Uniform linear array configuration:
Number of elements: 48
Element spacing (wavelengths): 1
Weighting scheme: cosine
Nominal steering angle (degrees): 30
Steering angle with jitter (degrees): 28.247
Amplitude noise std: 0.05
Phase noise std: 0.05

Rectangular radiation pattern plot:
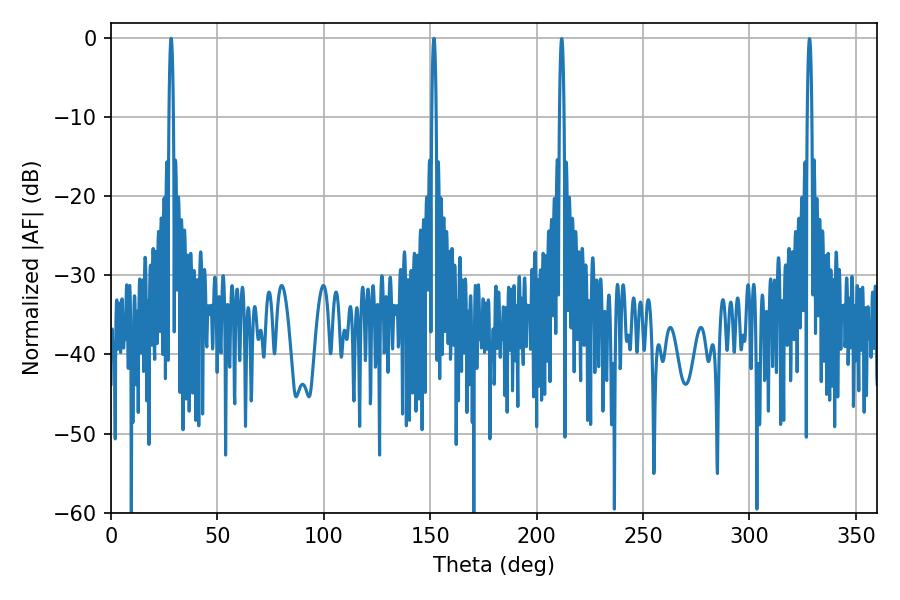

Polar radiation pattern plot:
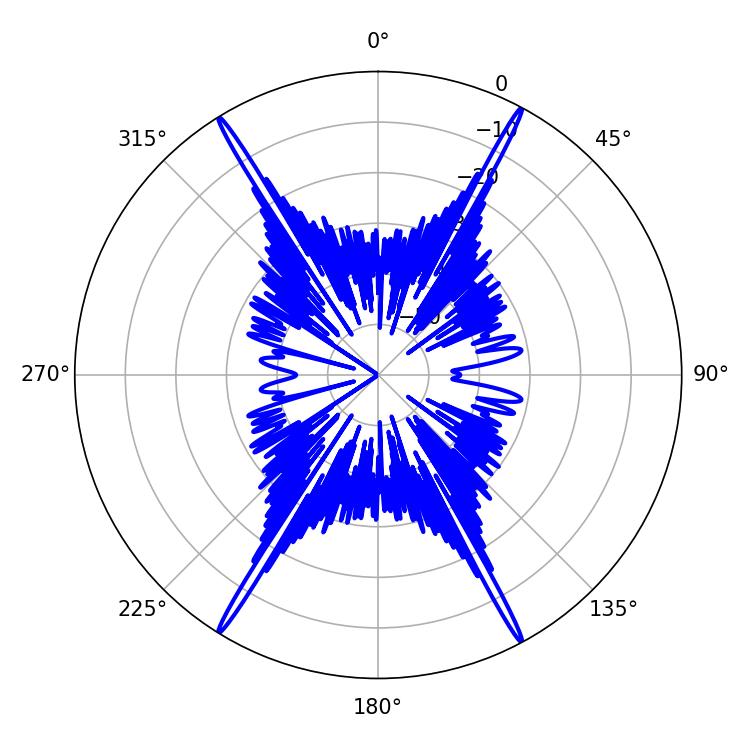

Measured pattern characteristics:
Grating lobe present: TRUE
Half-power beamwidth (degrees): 1.08
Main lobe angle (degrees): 28.26